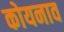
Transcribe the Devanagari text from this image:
कोयनाव